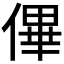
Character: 𠌫